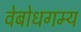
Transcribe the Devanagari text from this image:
वेबोधगम्य